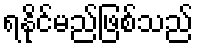
ရနိုင်မည်ဖြစ်သည်